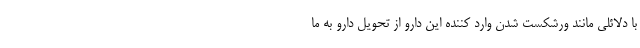
با دلائلی مانند ورشکست شدن وارد کننده این دارو از تحویل دارو به ما